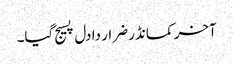
آخر کمانڈر ضرار دا دل پسیج گیا۔